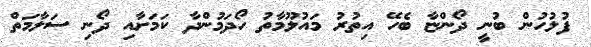
ފުލުހުން ބުނީ ދޯންޏާ ބެހޭ އިތުރު މައުލޫމާތު ހޯދަމުންދާ ކަމަށާއި ދޯނި ސަލާމަތް